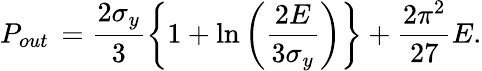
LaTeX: P_{out}\, =\frac{2\sigma_{y}}{3}\left\{ 1+\ln\left(\frac{2E}{3\sigma_{y}}\right)\right\} +\frac{2\pi^{2}}{27}E.